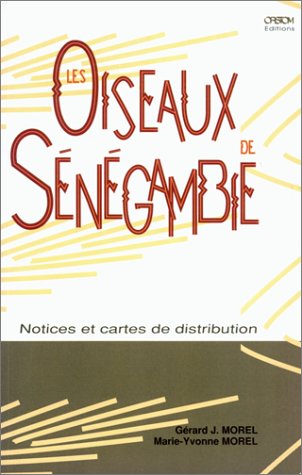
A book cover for Les oiseaux de Senegambie: Notices et cartes de distribution (Collection Didactiques) (French Edition); Gerard J Morel; Travel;